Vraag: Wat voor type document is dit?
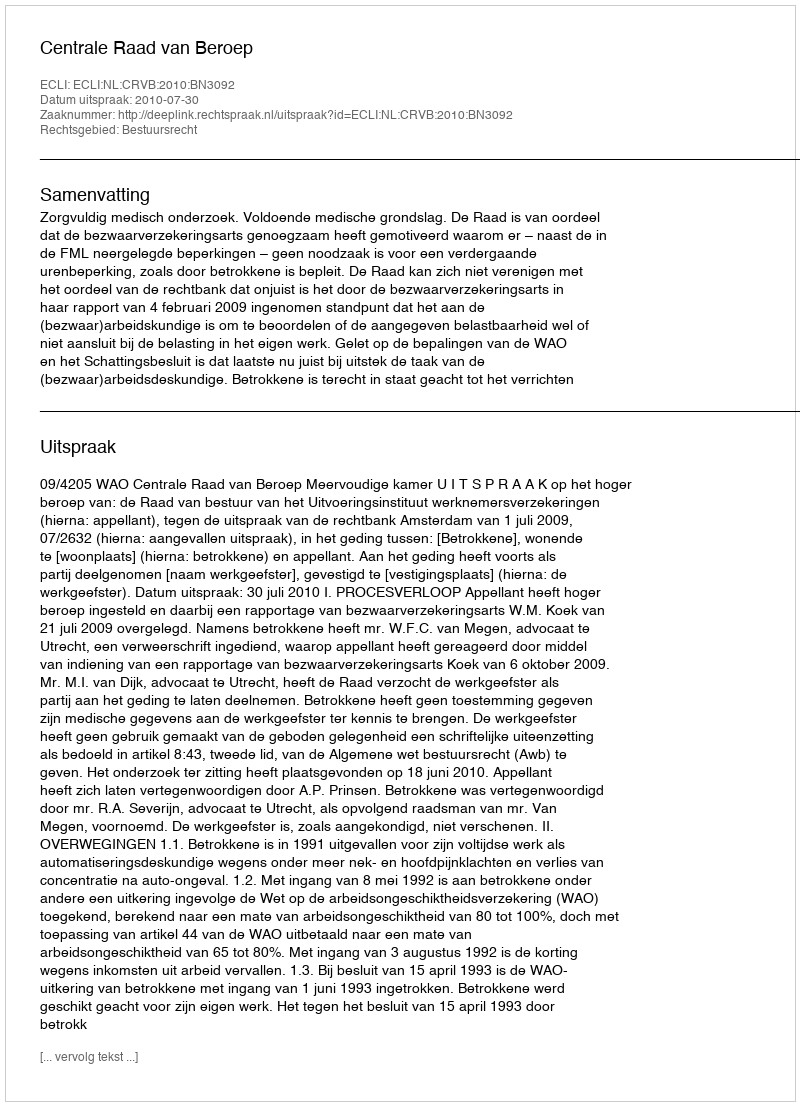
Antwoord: Uitspraak